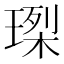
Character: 𤧮